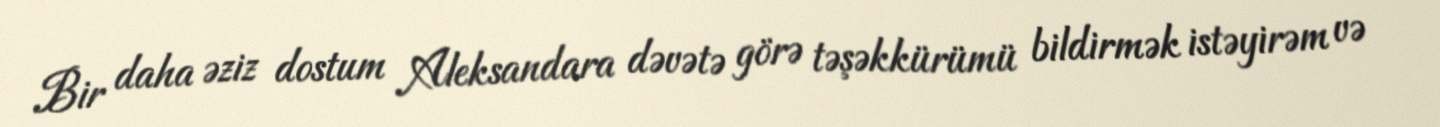
Bir daha əziz dostum Aleksandara dəvətə görə təşəkkürümü bildirmək istəyirəm və